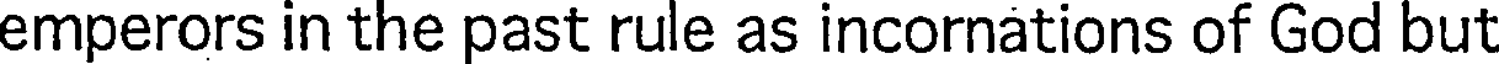
emperors in the past rule as incornations of God but